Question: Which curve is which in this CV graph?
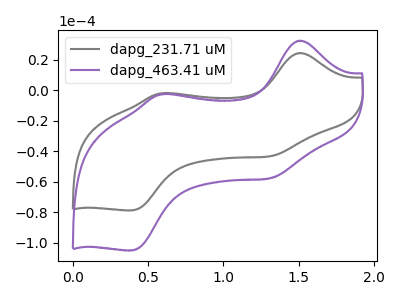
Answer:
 <answer>The gray curve is labeled "dapg_231.71 uM". The purple curve is labeled "dapg_463.41 uM".</answer>
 <eval></eval>